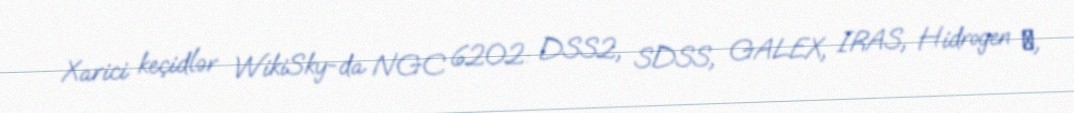
Xarici keçidlər WikiSky-da NGC 6202: DSS2, SDSS, GALEX, IRAS, Hidrogen α,